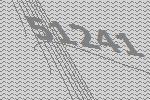
51241